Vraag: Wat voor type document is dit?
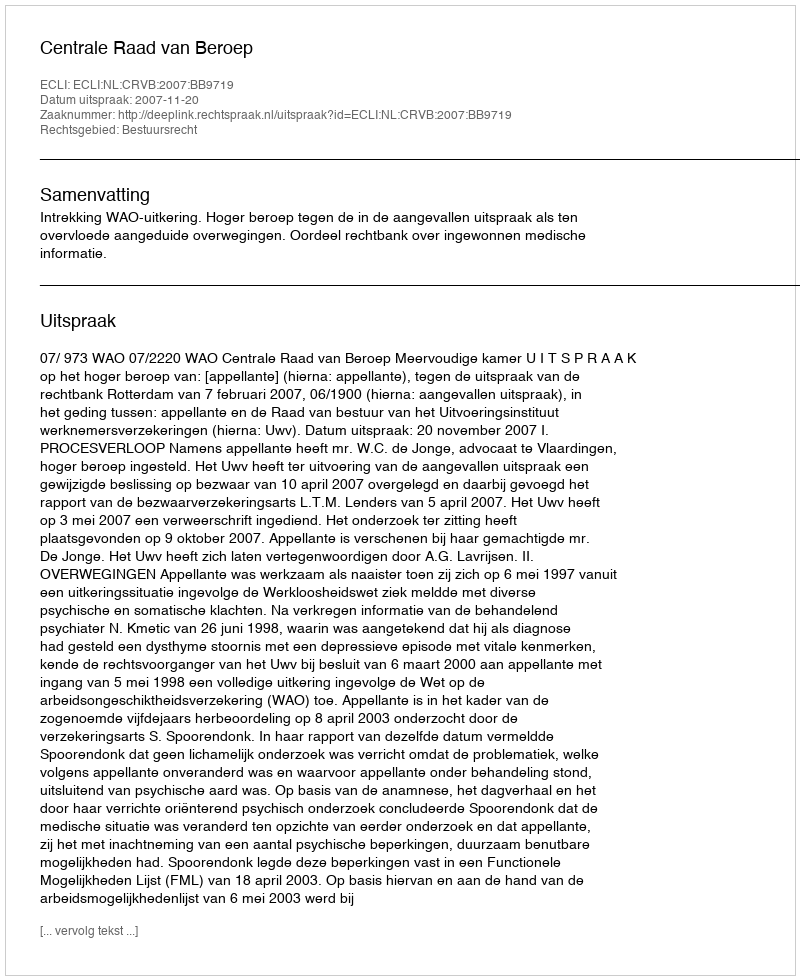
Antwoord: Uitspraak